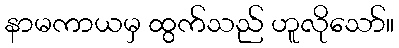
နာမကာယမှ ထွက်သည် ဟူလိုသော်။